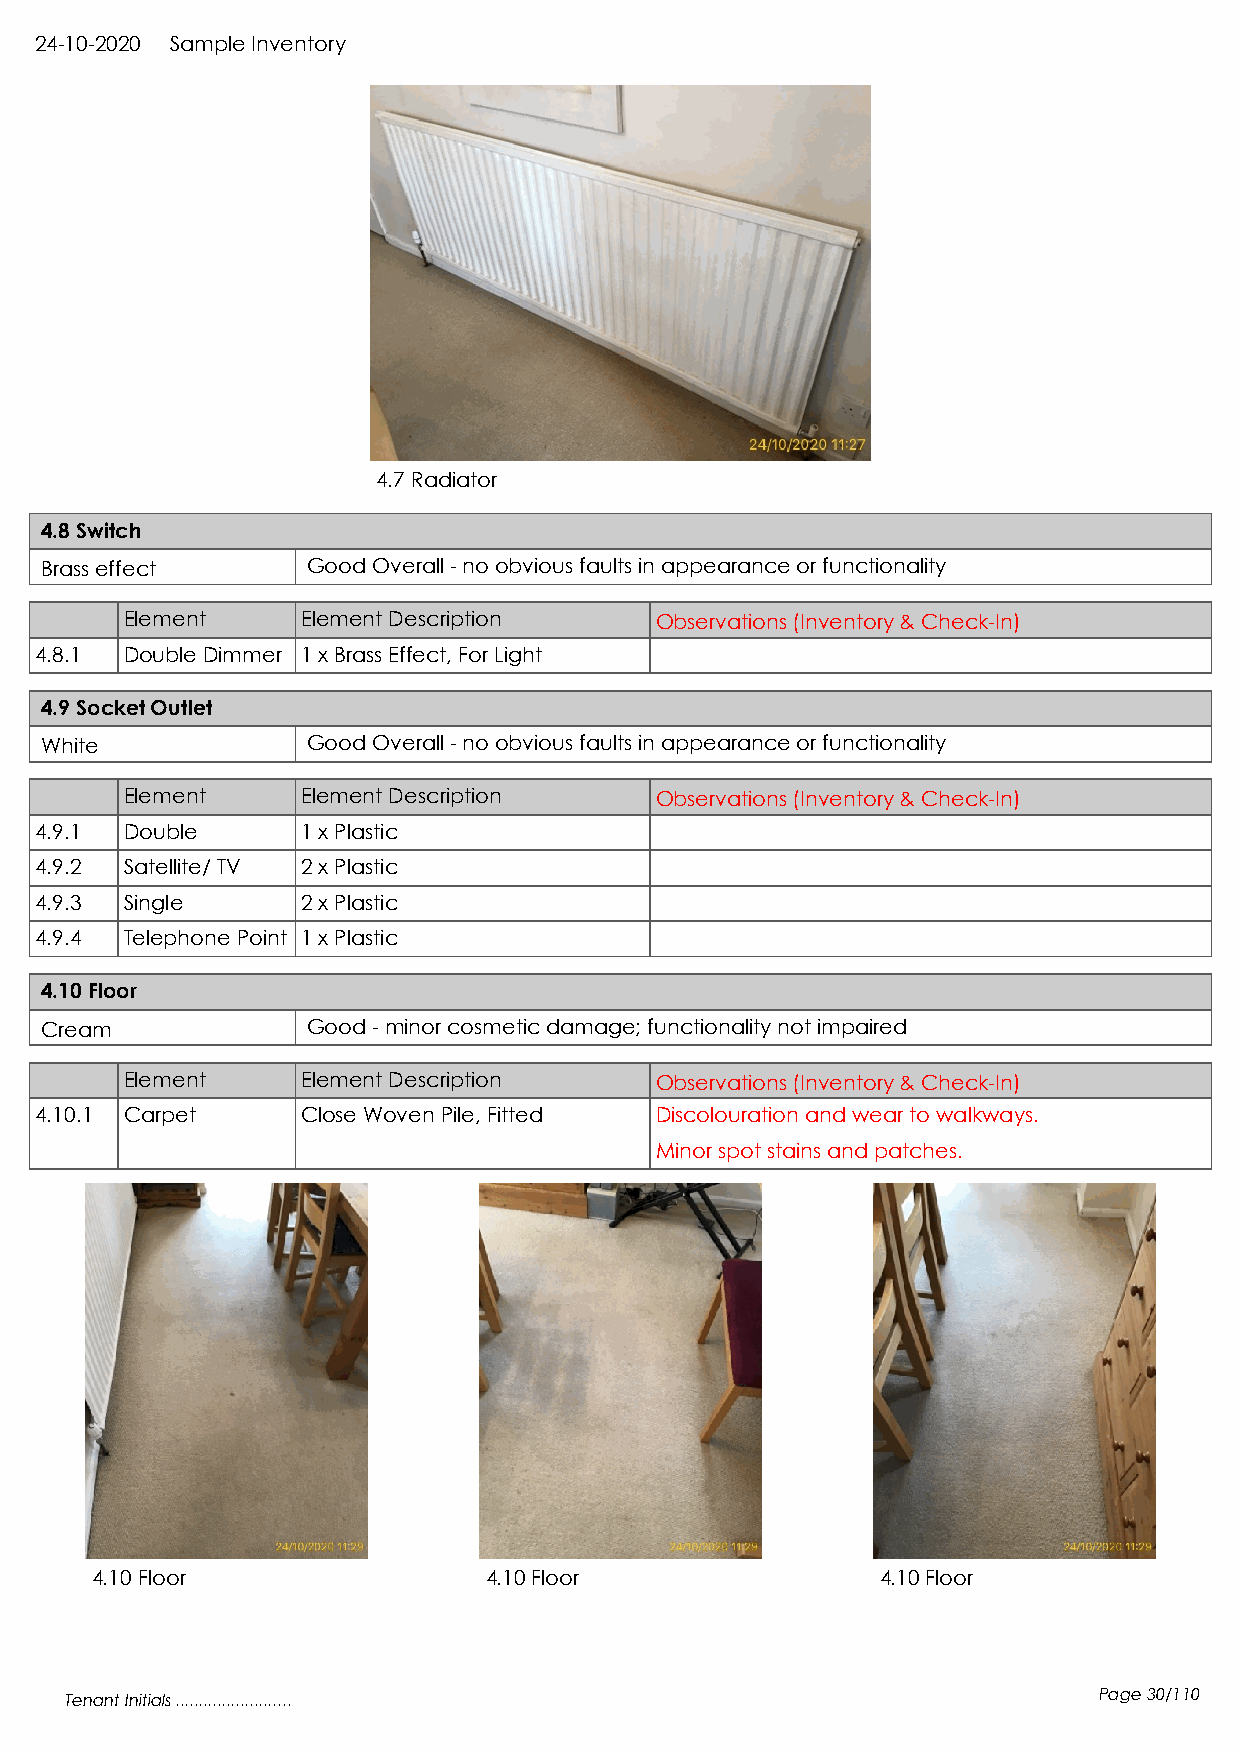
24-10-2020 Sample Inventory
 4.7 Radiator
 4.8 Switch
 Brass effect     Good Overall - no obvious faults in appearance or functionality
 Element     Element Description    Observations (Inventory & Check-In)
 4.8.1 Double Dimmer 1 x Brass Effect, For Light
 4.9 Socket Outlet
 White            Good Overall - no obvious faults in appearance or functionality
 Element     Element Description    Observations (Inventory & Check-In)
 4.9.1 Double      1 x Plastic
 4.9.2 Satellite/ TV 2 x Plastic
 4.9.3 Single      2 x Plastic
 4.9.4 Telephone Point 1 x Plastic
 4.10 Floor
 Cream            Good - minor cosmetic damage; functionality not impaired
 Element     Element Description    Observations (Inventory & Check-In)
 4.10.1 Carpet     Close Woven Pile, Fitted Discolouration and wear to walkways.
 Minor spot stains and patches.
 4.10 Floor                4.10 Floor                4.10 Floor
 Tenant Initials .........................                            Page 30/110